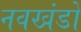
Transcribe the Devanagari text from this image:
नवखंडों